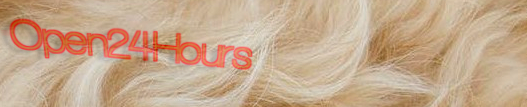
Open24Hours